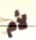
لأم